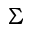
\Sigma